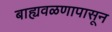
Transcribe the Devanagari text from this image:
बाह्यवळणापासून